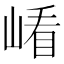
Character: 𡺗